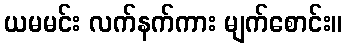
ယမမင်း လက်နက်ကား မျက်စောင်း။